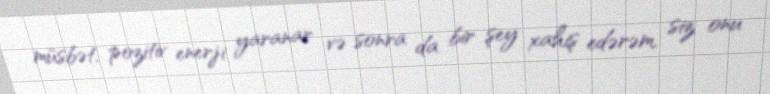
müsbət, pozitiv enerji yaranar və sonra da bir şey xahiş edərəm, siz onu